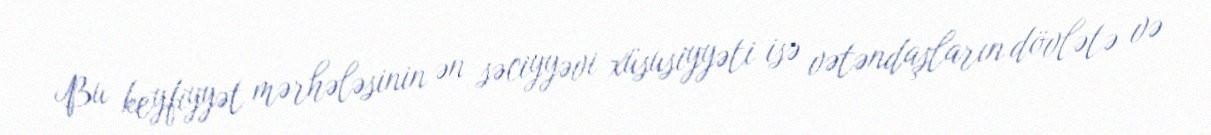
Bu keyfiyyət mərhələsinin ən səciyyəvi xüsusiyyəti isə vətəndaşların dövlətə və